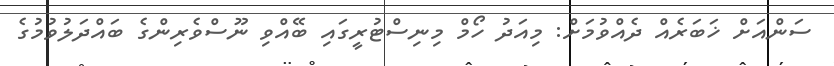
ސަންއަށް ޚަބަރެއް ދެއްވުމަށް: މިއަދު ހޯމް މިނިސްޓުރީގައި ބޭއްވި ނޫސްވެރިންގެ ބައްދަލުވުމުގެ